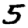
Digit: 5